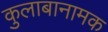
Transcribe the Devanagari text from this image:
कुलाबानामक